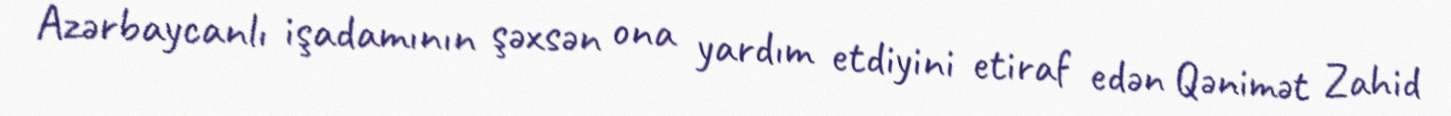
Azərbaycanlı işadamının şəxsən ona yardım etdiyini etiraf edən Qənimət Zahid